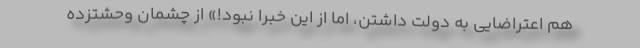
هم اعتراضایی به دولت داشتن، اما از این خبرا نبود!» از چشمان وحشتزده